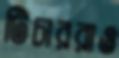
টিচাররাও